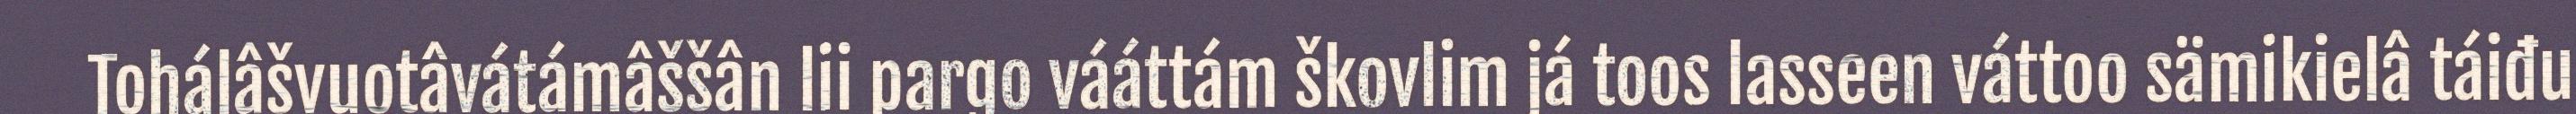
Tohálâšvuotâvátámâššân lii pargo vááttám škovlim já toos lasseen váttoo sämikielâ táiđu